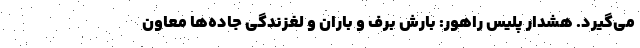
می‌گیرد. هشدار پلیس راهور: بارش برف و باران و لغزندگی جاده‌ها معاون